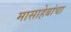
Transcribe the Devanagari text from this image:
मासाहेबांचा